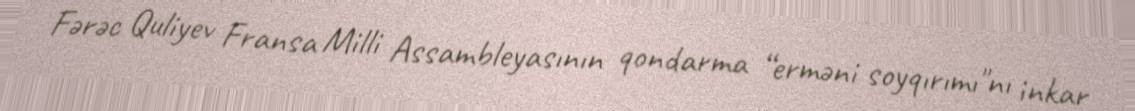
Fərəc Quliyev Fransa Milli Assambleyasının qondarma “erməni soyqırımı"nı inkar